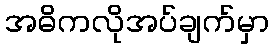
အဓိကလိုအပ်ချက်မှာ